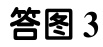
答图3